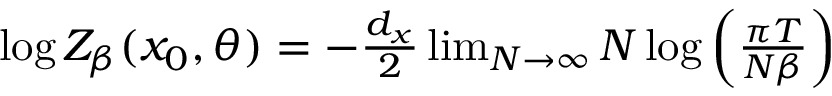
\begin{array} { r } { \log Z _ { \beta } ( x _ { 0 } , \theta ) = - \frac { d _ { x } } { 2 } \operatorname* { l i m } _ { N \to \infty } N \log \left( \frac { \pi T } { N \beta } \right) } \end{array}